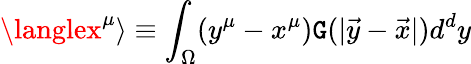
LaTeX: \langlex^{\mu}\rangle\equiv\int_{\Omega}(y^{\mu}-x^{\mu})\mathtt{G}(|\vec{{y}}-\vec{{x}}|)d^{d}y